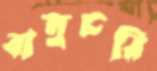
বালুচরি